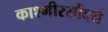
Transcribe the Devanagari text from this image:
काश्मीरसौंदर्य